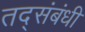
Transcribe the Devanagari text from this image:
तद्संबंधी